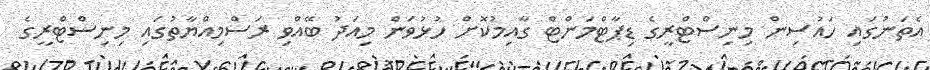
އެތަނުގައި ހައުސިން މިނިސްޓްރީގެ ޑިޕާޓްމަންޓް ގާއިމުކޮށް ހުޅުވަން މިއަދު ބޭއްވި ރަސްމިއްޔާތުގައި މިނިސްޓްރީގެ